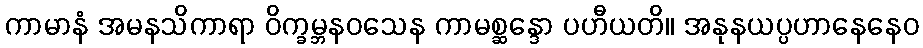
ကာမာနံ အမနသိကာရာ ဝိက္ခမ္ဘနဝသေန ကာမစ္ဆန္ဒော ပဟီယတိ။ အနုနယပ္ပဟာနေနေဝ